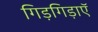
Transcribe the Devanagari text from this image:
गिड़गिड़ाएॅ